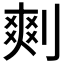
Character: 𠞮